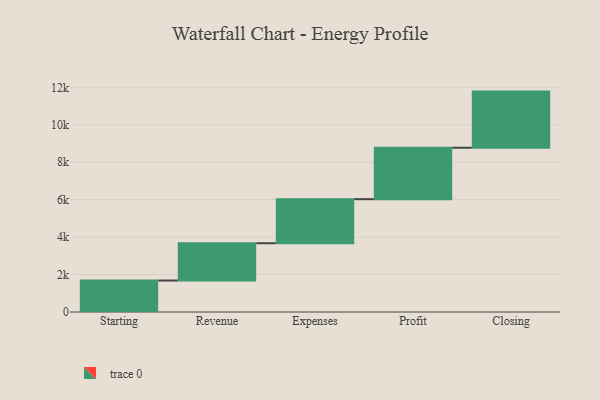
{"axis": {"x": "Step", "y": "Value"}, "legend": [""], "data": [{"x": "Starting", "y": 1682.0, "type": ""}, {"x": "Revenue", "y": 1992.0, "type": ""}, {"x": "Expenses", "y": 2355.0, "type": ""}, {"x": "Profit", "y": 2747.0, "type": ""}, {"x": "Closing", "y": 3000, "type": ""}]}